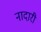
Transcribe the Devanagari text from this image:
नादारी